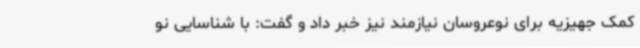
کمک جهیزیه برای نوعروسان نیازمند نیز خبر داد و گفت: با شناسایی نو